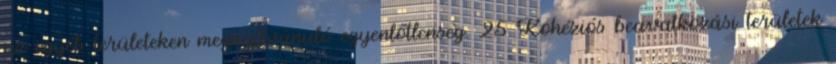
az egyéb területeken megnyilvánuló egyenlőtlenség. 25 Kohéziós beavatkozási területek